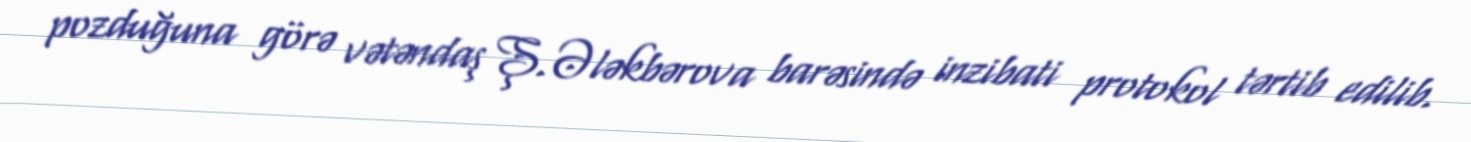
pozduğuna görə vətəndaş Ş.Ələkbərova barəsində inzibati protokol tərtib edilib.